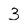
Character: 3